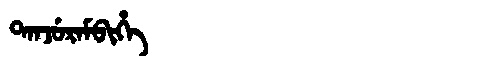
Manchu: ᡨᠠᠨᠵᡠᡵᠠᠮᠪᡳᡥᡝ
Romanization: TANJURAMBIHE